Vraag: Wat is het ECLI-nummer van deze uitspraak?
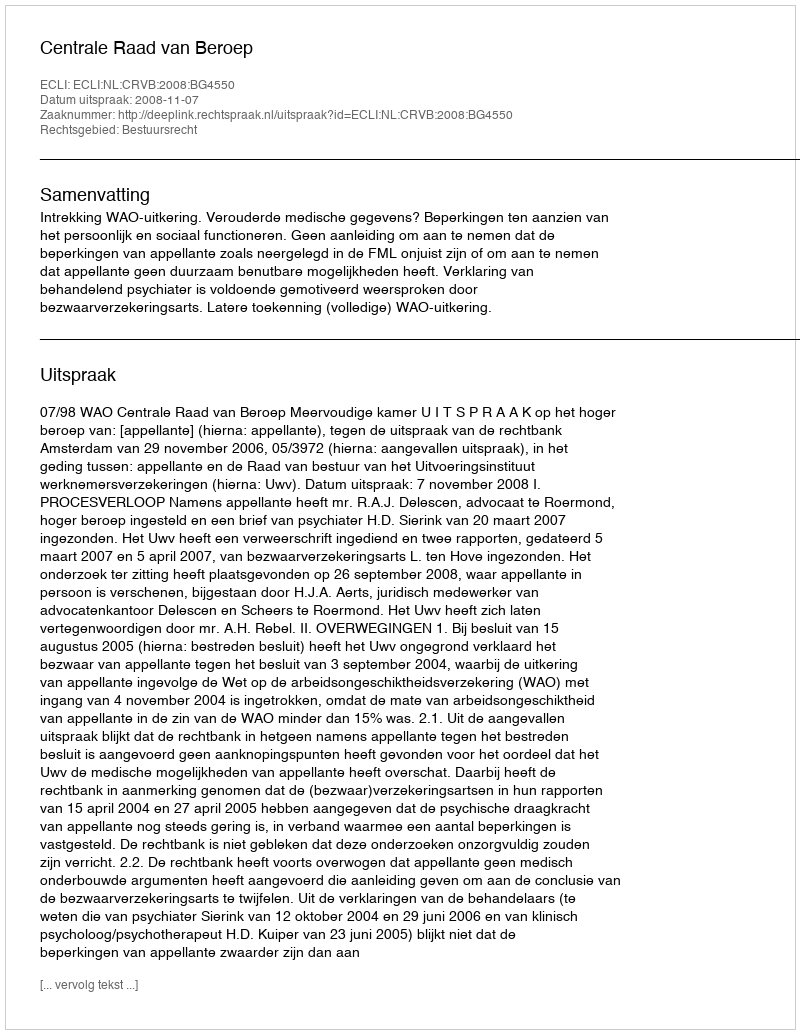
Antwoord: ECLI:NL:CRVB:2008:BG4550